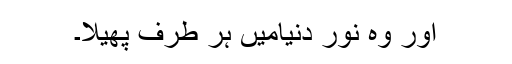
اور وہ نور دنیامیں ہر طرف پھیلا۔